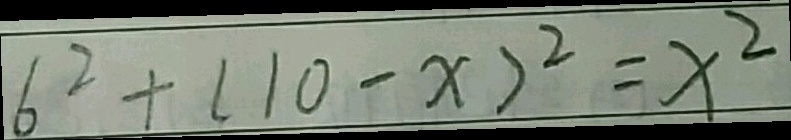
6 ^ { 2 } + ( 1 0 - x ) ^ { 2 } = x ^ { 2 }